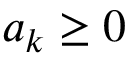
a _ { k } \geq 0